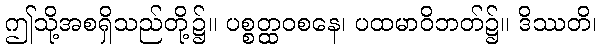
ဤသို့အစရှိသည်တို့၌။ ပစ္စတ္ထဝစနေ၊ ပထမာဝိဘတ်၌။ ဒိဿတိ၊